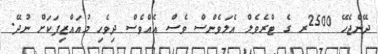
ދޭންޖެހޭ 2500ރ ގެ ޓްރެވެލް އެލަވެންސް ވެސް އެއްވެސް ދިވެހި މުއައްޒިފަކަށް ނުދޭ.